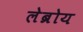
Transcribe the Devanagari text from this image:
लेब्रोय